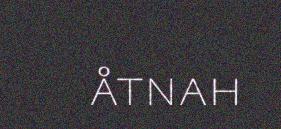
åtnah